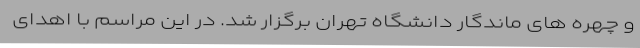
و چهره های ماندگار دانشگاه تهران برگزار شد. در این مراسم با اهدای